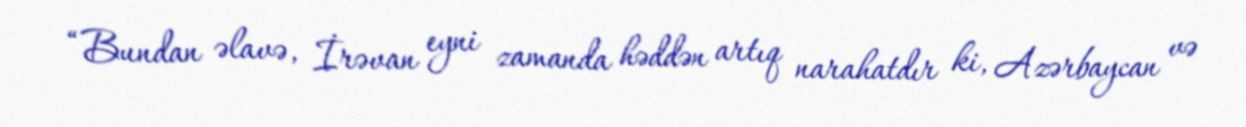
“Bundan əlavə, İrəvan eyni zamanda həddən artıq narahatdır ki, Azərbaycan və